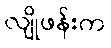
လျိုဖန်းက